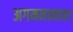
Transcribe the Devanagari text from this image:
अगमनानातर